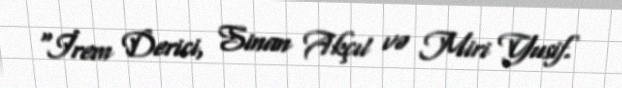
“İrem Derici, Sinan Akçıl və Miri Yusif.